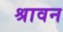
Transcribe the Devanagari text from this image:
श्रावन